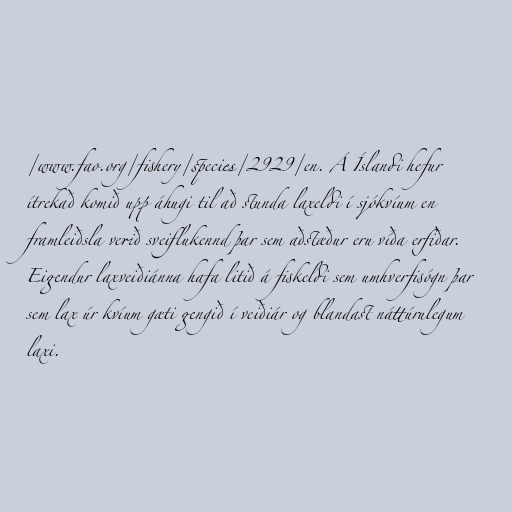
/www.fao.org/fishery/species/2929/en. Á Íslandi hefur
ítrekað komið upp áhugi til að stunda laxeldi í sjókvíum en
framleiðsla verið sveiflukennd þar sem aðstæður eru víða erfiðar.
Eigendur laxveiðiánna hafa litið á fiskeldi sem umhverfisógn þar
sem lax úr kvíum gæti gengið í veiðiár og blandast náttúrulegum
laxi.